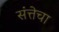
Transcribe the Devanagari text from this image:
संत्तेचा